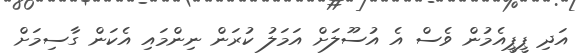
އަދި ޕީޕީއެމުން ވެސް އެ އުސޫލަށް އަމަލު ކުރަން ނިންމައި އެކަން ގާސިމަށް